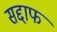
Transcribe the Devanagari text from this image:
सद्दाफ